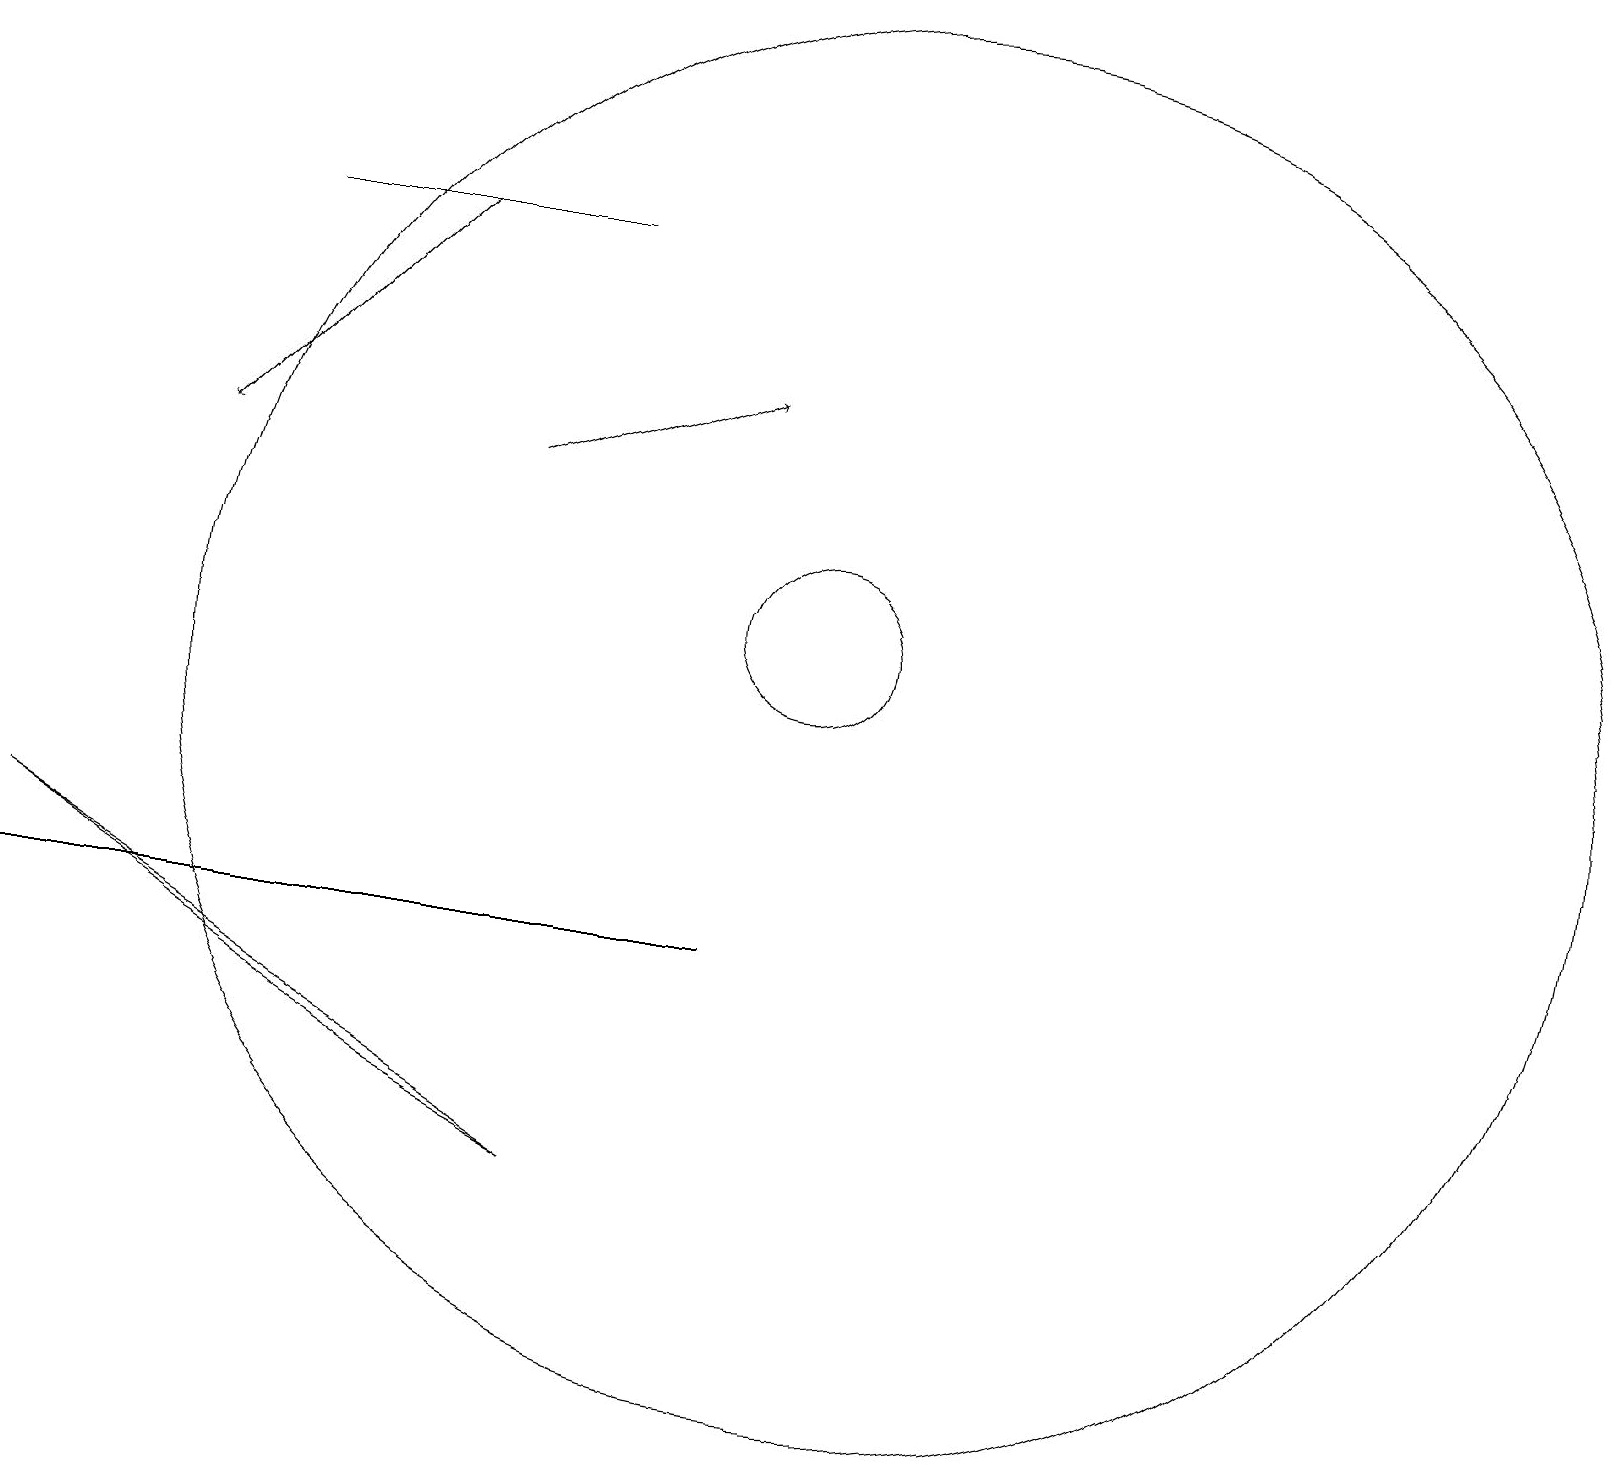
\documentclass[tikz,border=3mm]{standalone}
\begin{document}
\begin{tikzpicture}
\draw[->] (5,17) -- (2,14);
\draw (5,6) -- (7,5) -- (0,9) -- cycle;
\draw (3,17) rectangle (7,17);
\draw (0,8) -- (4,8) -- (9,8) -- cycle;
\draw[->] (6,14) -- (9,15);
\draw (11,11) circle (9);
\draw (10,12) circle (1);
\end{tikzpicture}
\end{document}